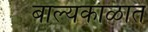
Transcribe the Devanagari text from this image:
बाल्यकाळात